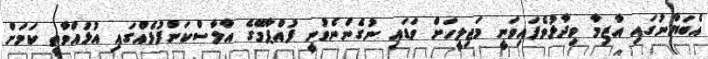
އެބަޔާނުގައި އާޒިމާ ވިދާޅުވެފައިވަނީ މަޖިލީހަށް ވަޑައި ނުގެންނެވުނީ ފުއްޕާމޭގެ އާލާސްކަންފުޅެއްގައި އުޅުއްވާތީ ކަމަށް